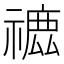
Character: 𥛪